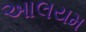
આલયમ